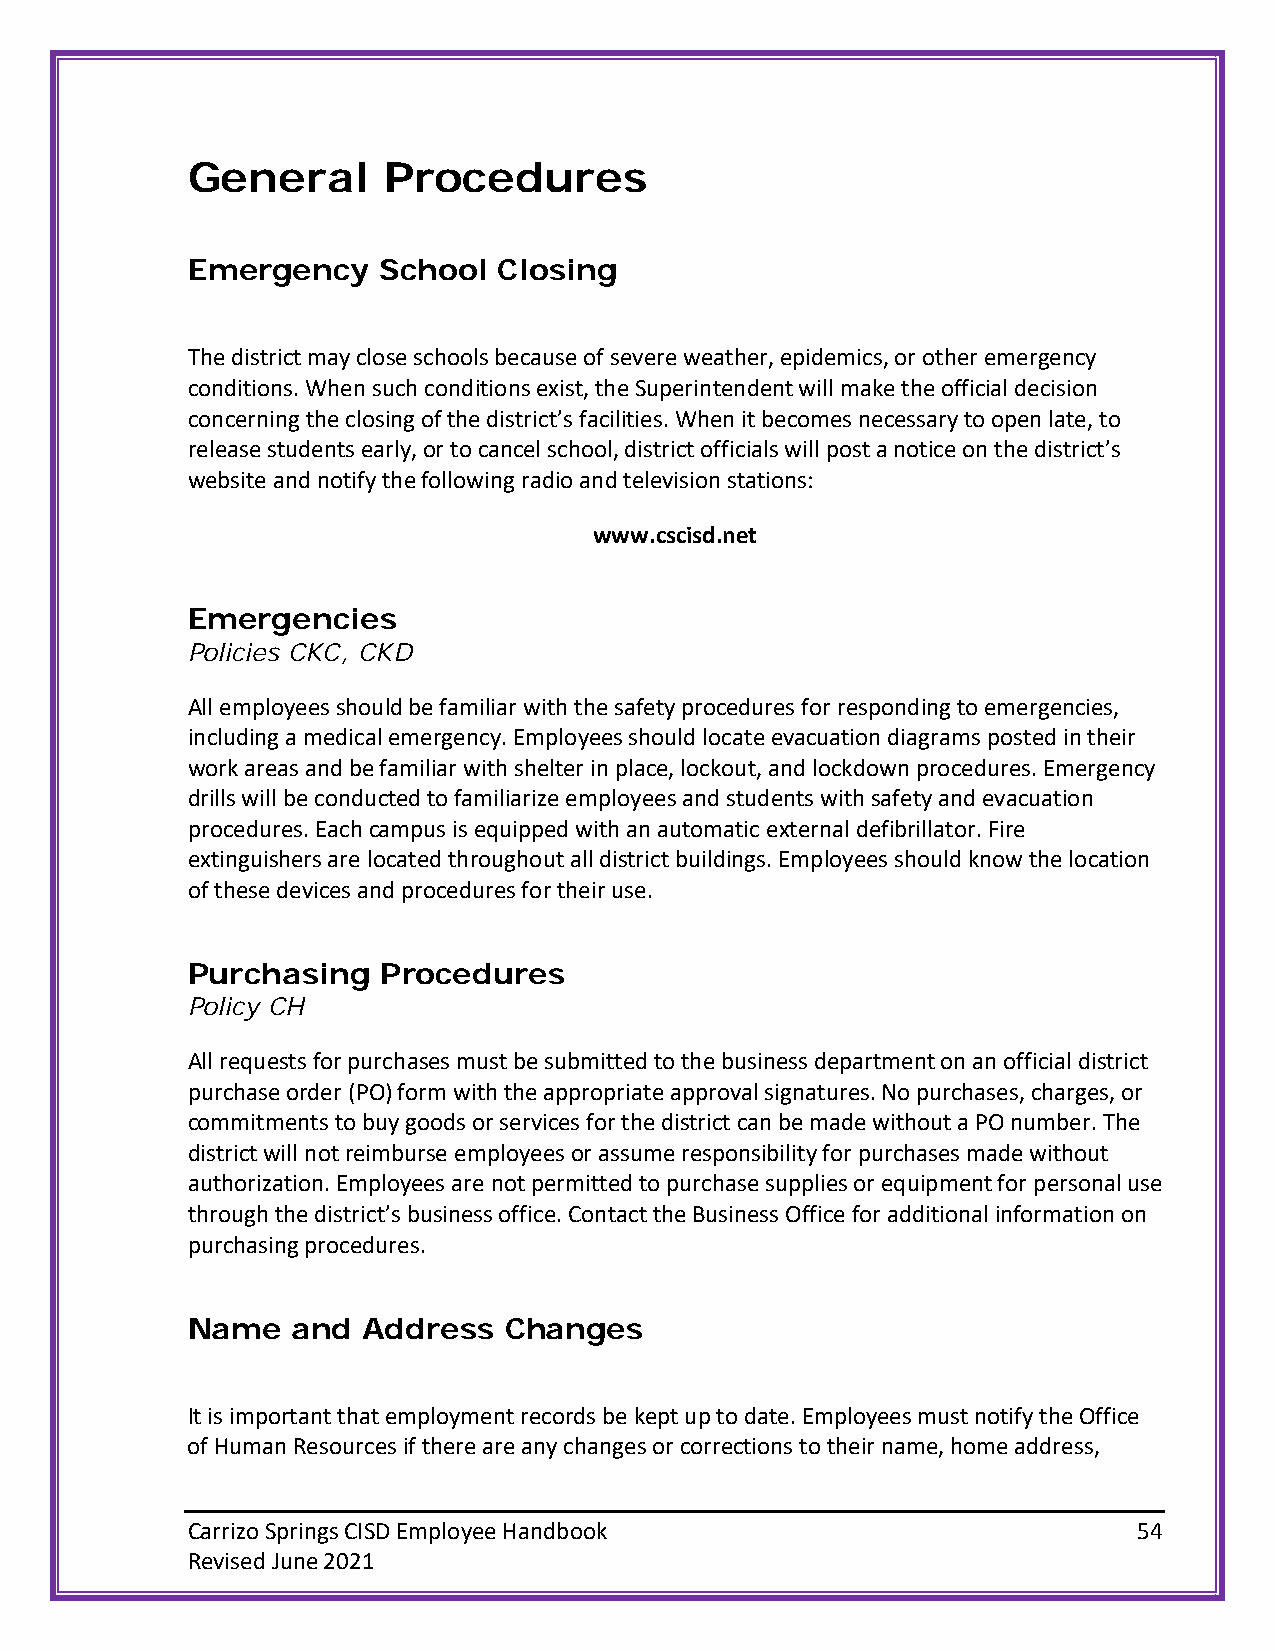
General      Procedures
 Emergency    School  Closing
 The district may close schools because of severe weather, epidemics, or other emergency
 conditions. When such conditions exist, the Superintendent will make the official decision
 concerning the closing of the district’s facilities. When it becomes necessary to open late, to
 release students early, or to cancel school, district officials will post a notice on the district’s
 website and notify the following radio and television stations:
 www.cscisd.net
 Emergencies
 Policies CKC, CKD
 All employees should be familiar with the safety procedures for responding to emergencies,
 including a medical emergency. Employees should locate evacuation diagrams posted in their
 work areas and be familiar with shelter in place, lockout, and lockdown procedures. Emergency
 drills will be conducted to familiarize employees and students with safety and evacuation
 procedures. Each campus is equipped with an automatic external defibrillator. Fire
 extinguishers are located throughout all district buildings. Employees should know the location
 of these devices and procedures for their use.
 Purchasing   Procedures
 Policy CH
 All requests for purchases must be submitted to the business department on an official district
 purchase order (PO) form with the appropriate approval signatures. No purchases, charges, or
 commitments to buy goods or services for the district can be made without a PO number. The
 district will not reimburse employees or assume responsibility for purchases made without
 authorization. Employees are not permitted to purchase supplies or equipment for personal use
 through the district’s business office. Contact the Business Office for additional information on
 purchasing procedures.
 Name   and  Address  Changes
 It is important that employment records be kept up to date. Employees must notify the Office
 of Human Resources if there are any changes or corrections to their name, home address,
 Carrizo Springs CISD Employee Handbook                         54
 Revised June 2021